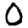
Digit: 0